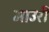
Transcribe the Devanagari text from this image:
माउरी